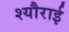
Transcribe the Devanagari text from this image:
श्यौराई